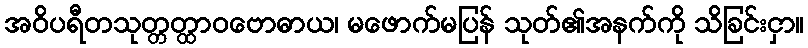
အဝိပရီတသုတ္တတ္ထာဝဗောဓာယ၊ မဖောက်မပြန် သုတ်၏အနက်ကို သိခြင်းငှာ။